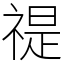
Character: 禔